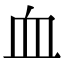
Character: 血